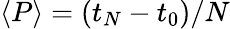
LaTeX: \langle P\rangle=(t_{N}-t_{0})/N